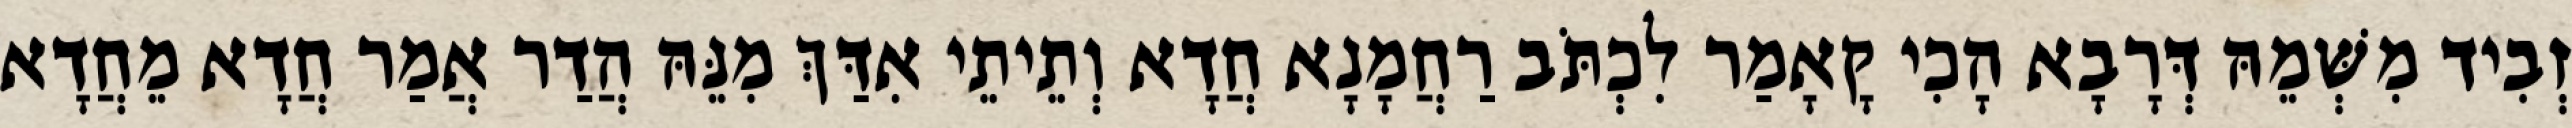
זְבִיד מִשְּׁמֵהּ דְּרָבָא הָכִי קָאָמַר לִכְתֹּב רַחֲמָנָא חֲדָא וְתֵיתֵי אִדַּךְ מִנֵּהּ הֲדַר אֲמַר חֲדָא מֵחֲדָא